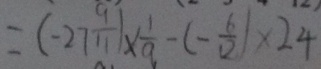
= ( - 2 7 \frac { 9 } { 1 1 } ) \times \frac { 1 } { 9 } - ( - \frac { 6 } { 1 2 } ) \times 2 4